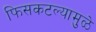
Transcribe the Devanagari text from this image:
फिसकटल्यामुळे